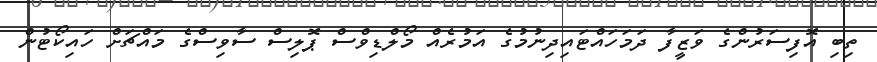
ތިބި އޮފިސަރުންގެ ވަޒީފާ ދަމަހައްޓައިދިނުމުގެ އަމުރެއް މޯލްޑިވްސް ޕޮލިސް ސާވިސްގެ މައްޗަށް ހައިކޯޓުން